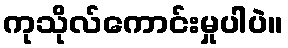
ကုသိုလ်ကောင်းမှုပါပဲ။